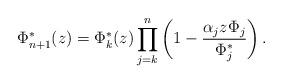
LaTeX: \begin{align*}\Phi_{n+1}^*(z) = \Phi_k^*(z)\prod_{j=k}^n\left(1 - \frac{\alpha_jz\Phi_j}{\Phi_j^*}\right).\end{align*}